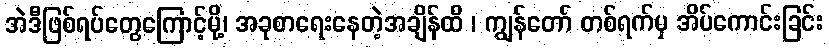
အဲဒီဖြစ်ရပ်တွေကြောင့်မို့၊ အခုစာရေးနေတဲ့အချိန်ထိ ၊ ကျွန်တော် တစ်ရက်မှ အိပ်ကောင်းခြင်း